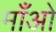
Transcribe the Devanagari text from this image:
माँओ